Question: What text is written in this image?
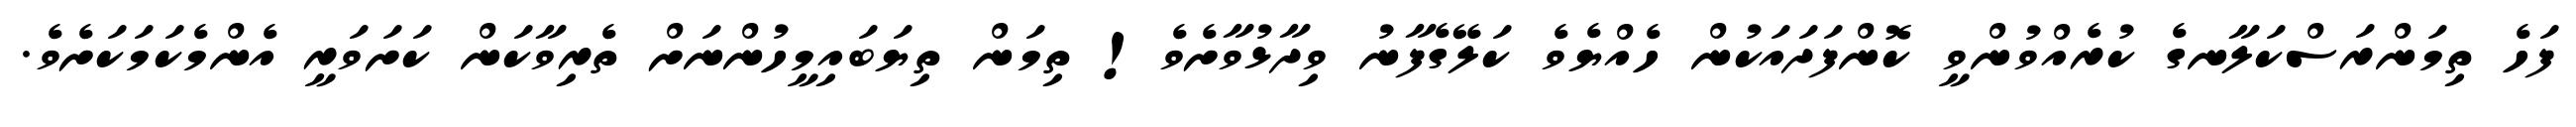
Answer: ފަހެ ތިމަންރަސްކަލާނގެ ކުރެއްވުންވީ ކޮންފަދައަކުން ހެއްޔެވެ ކަލޭގެފާނު ވިދާޅުވާށެވެ! ތިމަން ތިޔަބައިމީހުންނަށް ތެރިވާކަން ކަށަވަރީ އެންމެކަމަކަށެވެ.